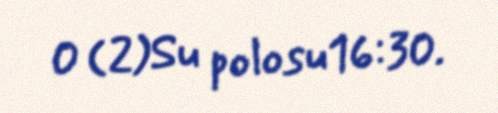
0 (2)Su polosu16:30.